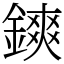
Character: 鏯